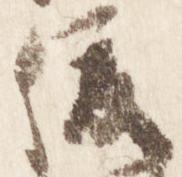
俊